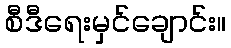
စီဒီရေးမှင်ချောင်း။